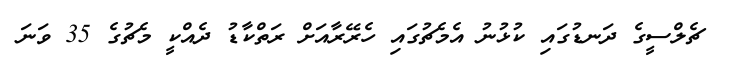
ޗެލްސީގެ ދަނޑުގައި ކުޅުނު އެމެޗުގައި ހެރޭރާއަށް ރަތްކާޑު ދެއްކީ މެޗުގެ 35 ވަނަ